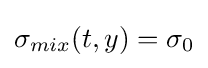
\sigma _{mix}(t,y)=\sigma _{0}